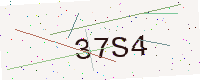
Text: 37S4